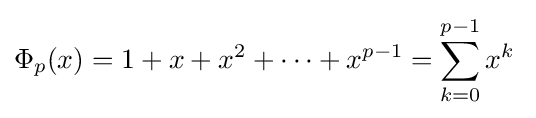
\Phi _{p}(x)=1+x+x^{2}+\cdots +x^{p-1}=\sum _{k=0}^{p-1}x^{k}\;